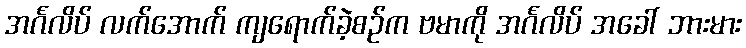
အင်္ဂလိပ် လက်အောက် ကျရောက်ခဲ့စဉ်က ဗမာကို အင်္ဂလိပ် အခေါ် ဘားမား